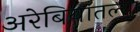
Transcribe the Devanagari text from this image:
अरेबियातल्या